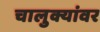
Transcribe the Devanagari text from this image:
चालुक्यांवर